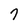
Character: 7